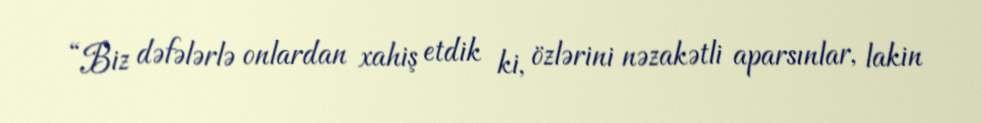
“Biz dəfələrlə onlardan xahiş etdik ki, özlərini nəzakətli aparsınlar, lakin